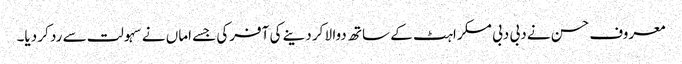
معروف حسن نے دبی دبی مسکراہٹ کے ساتھ دوا لا کر دینے کی آفرکی جسے اماں نے سہولت سے رد کر دیا۔